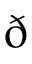
\eth